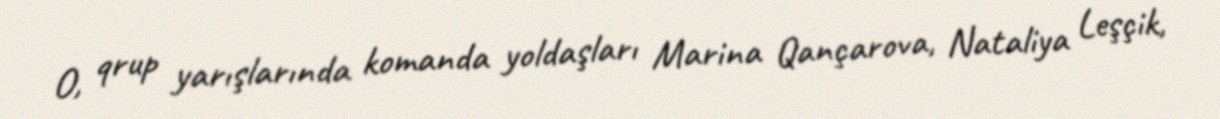
O, qrup yarışlarında komanda yoldaşları Marina Qançarova, Nataliya Leşçik,